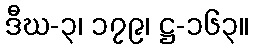
ဒီဃ-၃၊ ၁၇၉၊ ဋ္ဌ-၁၆၃။